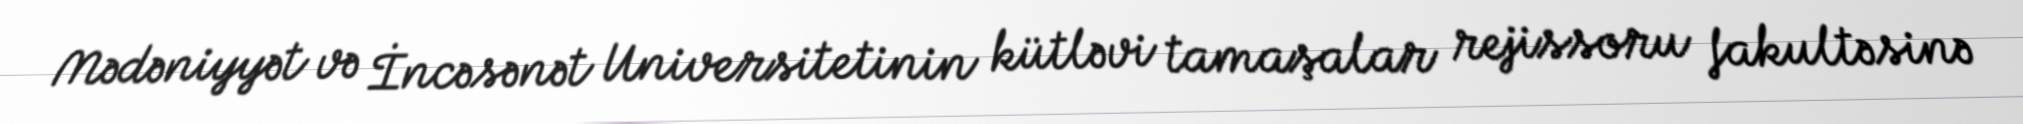
Mədəniyyət və İncəsənət Universitetinin kütləvi tamaşalar rejissoru fakultəsinə